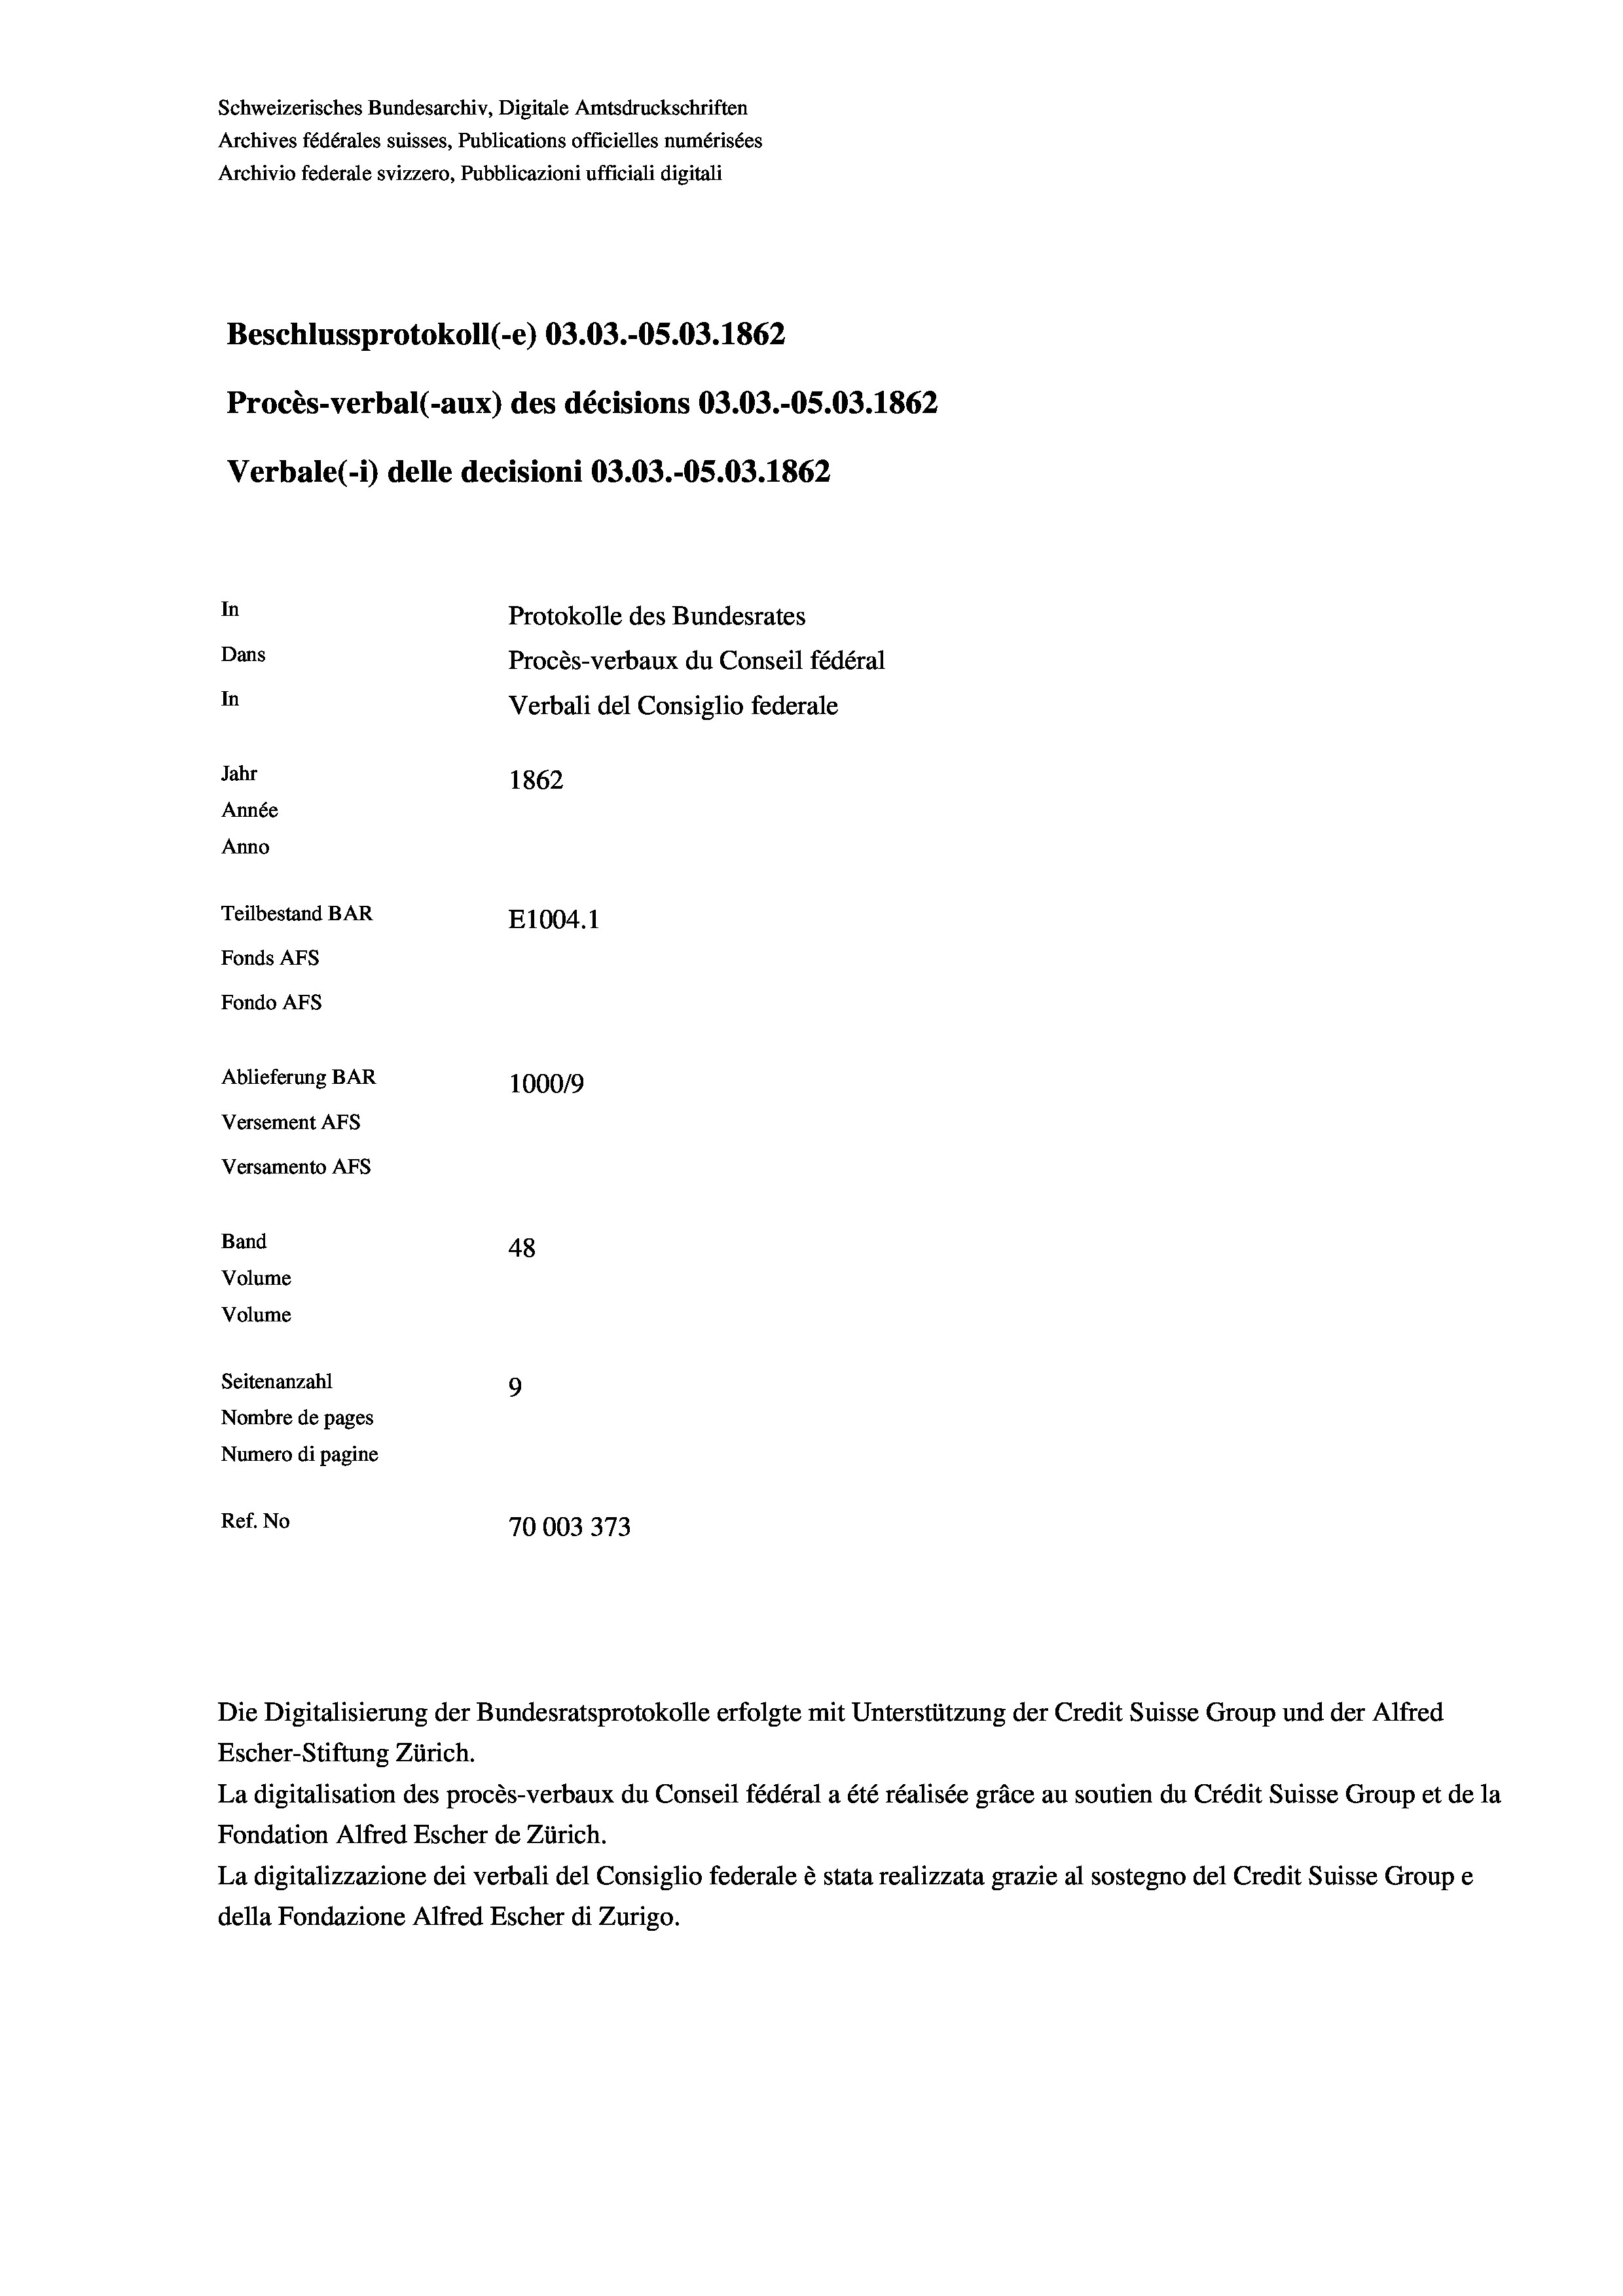
Schweizerisches Bundesarchiv, Digitale Amtsdruckschriften
Archives fédérales suisses, Publications officielles numérisées
Archivio federale svizzero, Pubblicazioni ufficiali digitali
Beschlussprotokoll (-e) 03.03.-OS.03. 1862
Procès-verbal (-aux) des décisions 03.03.-OS.03. 1862
Verbale (- 1) delle decisioni 03.03.-O5.03. 1862
In
Protokolle des Bundesrates
Dans
Procès-verbaux du Conseil fédéral
In
Verbali del Consiglio federale
Jahr
1862
Année
Anno
Teilbestand BAR
E1004. 1
Fonds AFs
Fondo AFS
Ablieferung BAR
100019
Versement AFs
Versamento AFs
Band
48
Volume
Volume

Seitenanzahl
9
Nombre de pages
Numero di pagine
Ref. No
70003373

Die Digitalisierung der Bundesratsprotokolle erfolgte mit Unterstützung der Credit Suisse Group und der Alfred

Escher-Stiftung Zürich.
La digitalisation des procès-verbaux du Conseil fédéral a été réalisée gräce au soutien du Crédit Suisse Group et de la
Fondation Alfred Escher de Zürich.
La digitalizzazione dei verbali del Consiglio federale è stata realizzata grazie al sostegno del Credit Suisse Groupe
della Fondazione Alfred Escher di Zurigo.